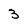
Character: 3